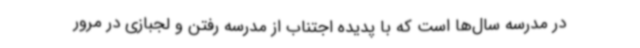
در مدرسه سال‌ها است که با پدیده اجتناب از مدرسه رفتن و لجبازی در مرور